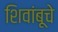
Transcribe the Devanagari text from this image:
शिवांबूचे